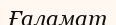
Ғаламат